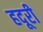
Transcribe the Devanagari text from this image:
हदूरी